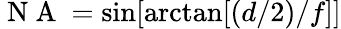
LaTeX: {\mathrm{~N~A~}=\sin[\arctan[(d/2)/f]]}